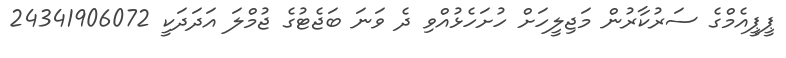
ޕީޕީއެމްގެ ސަރުކާރުން މަޖިލީހަށް ހުށަހެޅުއްވި ދެ ވަނަ ބަޖެޓުގެ ޖުމްލަ އަދަދަކީ 24341906072